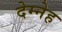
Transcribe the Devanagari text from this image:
देम्नेह